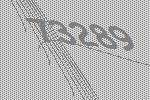
73289